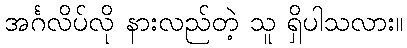
အင်္ဂလိပ်လို နားလည်တဲ့ သူ ရှိပါသလား။